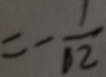
= - \frac { 1 } { 1 2 }